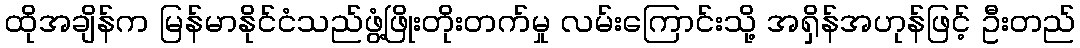
ထိုအချိန်က မြန်မာနိုင်ငံသည်ဖွံ့ဖြိုးတိုးတက်မှု လမ်းကြောင်းသို့ အရှိန်အဟုန်ဖြင့် ဦးတည်